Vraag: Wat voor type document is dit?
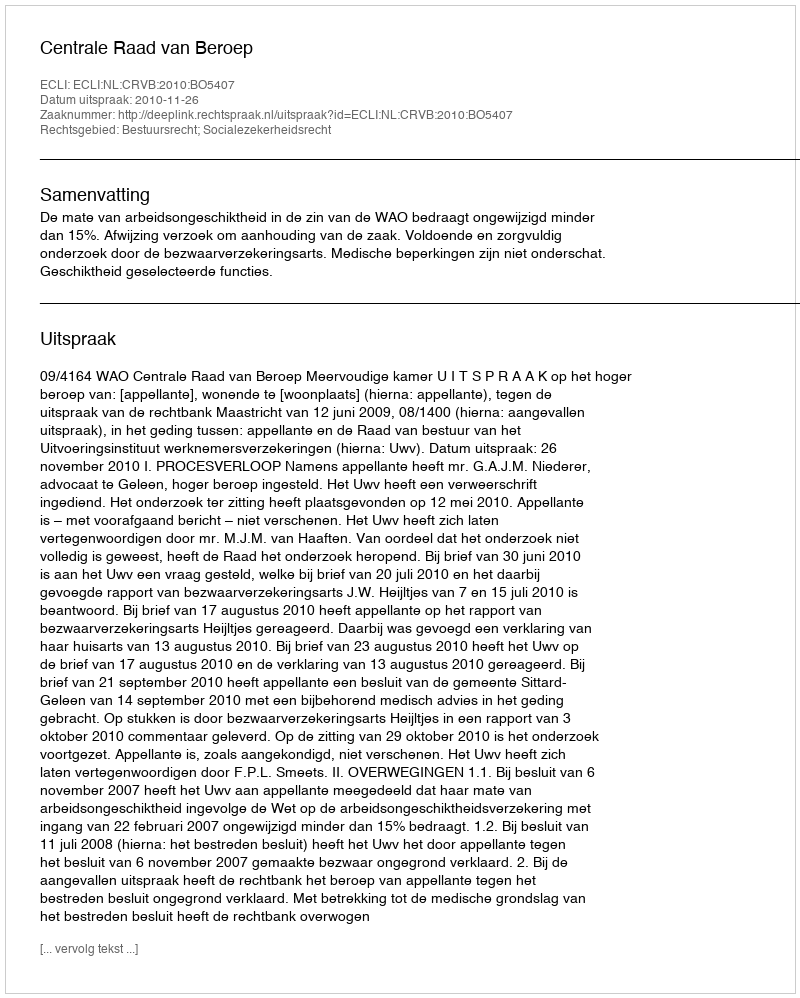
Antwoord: Uitspraak